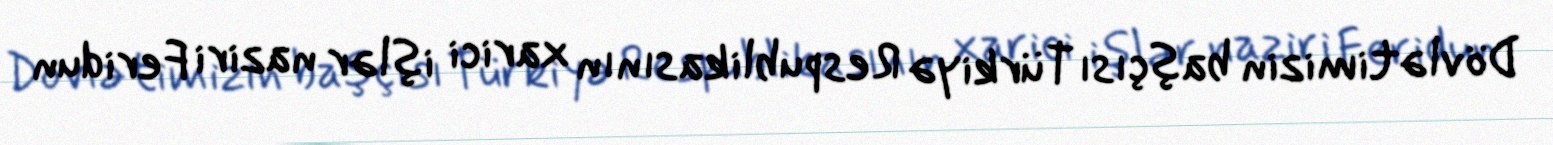
Dövlətimizin başçısı Türkiyə Respublikasının xarici işlər naziri Feridun